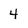
Character: 4